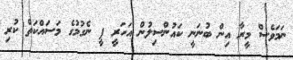
ނަމަވެސް މީރާ އިން ބުނަނީ ކައުންސިލުން އަހަރީ ފީ ނެގުމުގެ މަސައްކަތް ކުރި